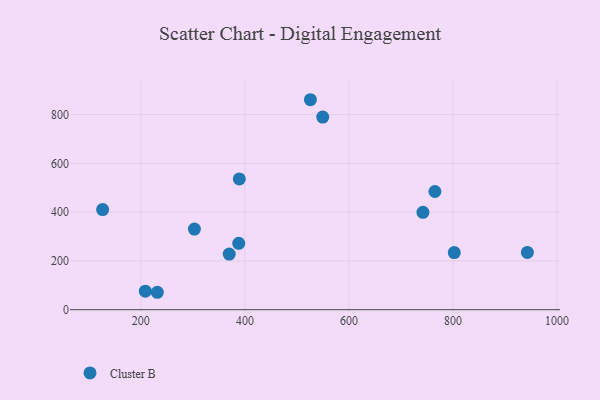
{"axis": {"x": "Price", "y": "Profit"}, "legend": ["Cluster B"], "data": [{"x": "208.7", "y": 76.0, "type": "Cluster B"}, {"x": "742.2", "y": 398.9, "type": "Cluster B"}, {"x": "231.7", "y": 71.4, "type": "Cluster B"}, {"x": "942.9", "y": 234.7, "type": "Cluster B"}, {"x": "303.0", "y": 330.5, "type": "Cluster B"}, {"x": "765.2", "y": 484.5, "type": "Cluster B"}, {"x": "388.2", "y": 272.0, "type": "Cluster B"}, {"x": "126.6", "y": 410.4, "type": "Cluster B"}, {"x": "525.9", "y": 860.6, "type": "Cluster B"}, {"x": "802.4", "y": 234.1, "type": "Cluster B"}, {"x": "369.9", "y": 227.8, "type": "Cluster B"}, {"x": "549.6", "y": 789.6, "type": "Cluster B"}, {"x": "389.3", "y": 536.0, "type": "Cluster B"}]}